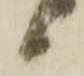
候